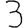
Digit: 3